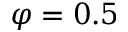
\varphi = 0 . 5